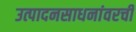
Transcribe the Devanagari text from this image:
उत्पादनसाधनांवरची